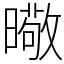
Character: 曔